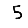
Digit: 5